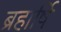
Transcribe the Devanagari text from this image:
ब्रहार्षि